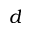
d